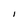
Character: I